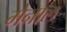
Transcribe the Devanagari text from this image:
मेनाल